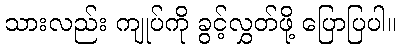
သားလည်း ကျုပ်ကို ခွင့်လွှတ်ဖို့ ပြောပြပါ။